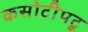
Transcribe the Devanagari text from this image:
कसोटीपटू